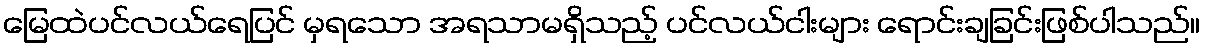
မြေထဲပင်လယ်ရေပြင် မှရသော အရသာမရှိသည့် ပင်လယ်ငါးများ ရောင်းချခြင်းဖြစ်ပါသည်။